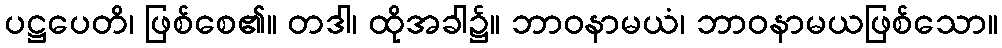
ပဋ္ဌပေတိ၊ ဖြစ်စေ၏။ တဒါ၊ ထိုအခါ၌။ ဘာဝနာမယံ၊ ဘာဝနာမယဖြစ်သော။